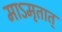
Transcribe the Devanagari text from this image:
माऽमृतात्‌